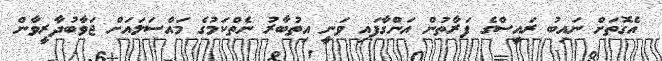
އެގޮތަށް ނައިބު ރައީސްގެ ފަރާތުން އަންގާފައި ވަނީ އިތުބާރު ނެތްކަމުގެ މައްސަލައަށް ޖަވާބުދާރީވާން